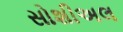
સોશીઅલ